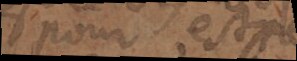
pour estre